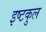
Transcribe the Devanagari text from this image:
इष्टकुल